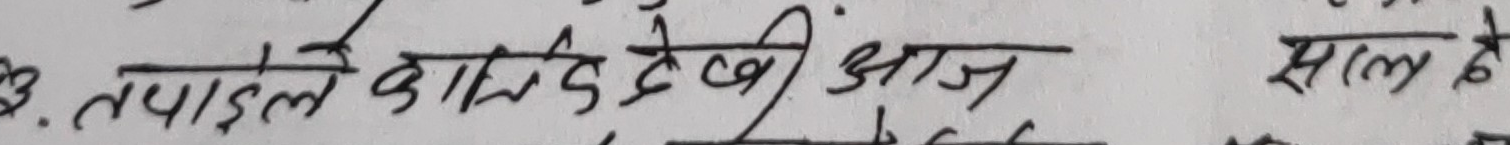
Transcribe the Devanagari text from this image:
तपाईले कति देखी आज साल है